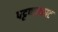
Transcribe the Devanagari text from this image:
पट्टणक्काट